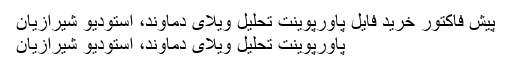
پیش فاکتور خرید فایل پاورپوینت تحلیل ویلای دماوند، استودیو شیرازیان
پاورپوینت تحلیل ویلای دماوند، استودیو شیرازیان